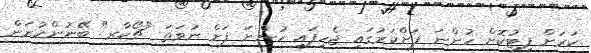
ކަރަށް ފިޓުކޮށް ހުންނަ ފަށްކަރުގައި ޖެހިފައި ހުންނަ ފަށް ނުވަތަ "ޗޯކާރ" ބޭނުންކުރަން